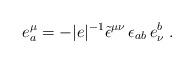
LaTeX: \begin{align*}e_{a}^{\mu }=-|e|^{-1}\tilde{\epsilon }^{\mu \nu }\, \epsilon _{ab}\, e^{b}_{\nu }\; .\end{align*}